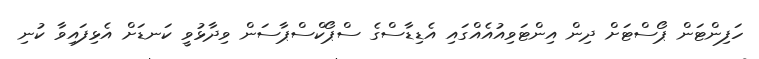
ހަފިންޓަން ޕޯސްޓަށް ދިން އިންޓަވިއުއެއްގައި އެޑިޑާސްގެ ސްޕޯކްސްޕާސަން ވިދާޅުވީ ކަނޑަށް އެޅިފައިވާ ކުނި